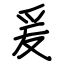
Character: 爰